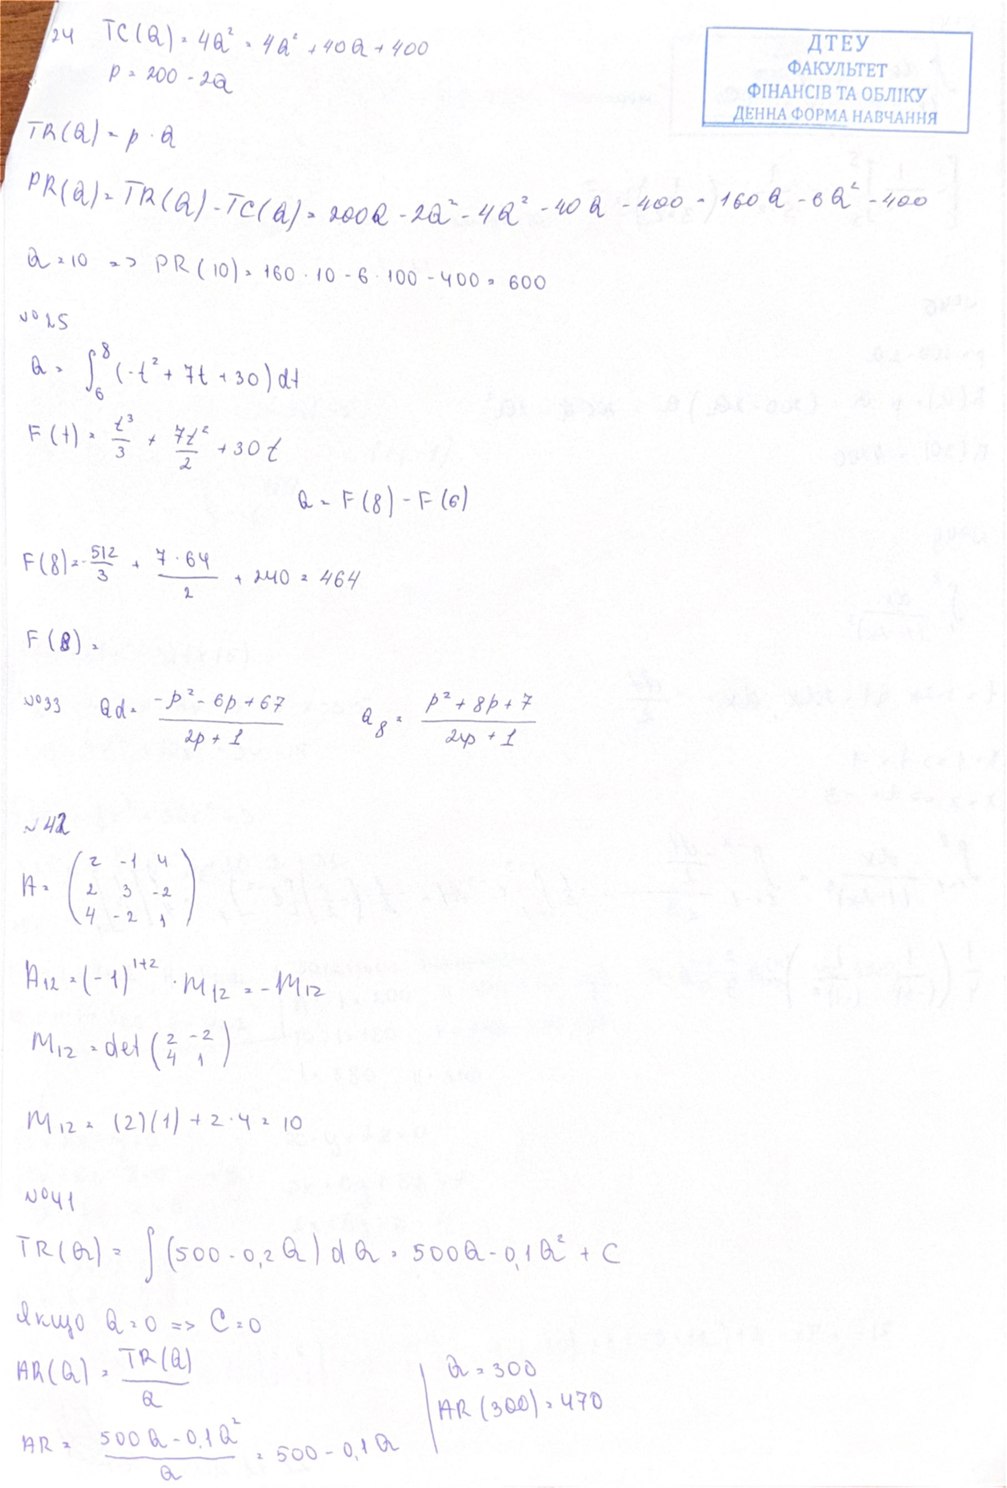
24 TC(Q) = 4Q^2 = 4Q^2 + 40Q + 400
p = 200 - 2Q
TR(Q) = p * Q
PR(Q) = TR(Q) - TC(Q) = 200Q - 2Q^2 - 4Q^2 - 40Q - 400 = 160Q - 6Q^2 - 400
Q = 10 \Rightarrow PR(10) = 160 \cdot 10 - 6 \cdot 100 - 400 = 600
No 25
Q = \int_{6}^{8} (-t^2 + 7t + 30) dt
F(t) = \frac{t^3}{3} + \frac{7t^2}{2} + 30t
Q = F(8) - F(6)
F(8) = \frac{512}{3} + \frac{7 \cdot 64}{2} + 240 = 464
F(8) =
N^o 33 \quad Q_d = \frac{-p^2 - 6p + 67}{2p + 1} \quad Q_s = \frac{p^2 + 8p + 7}{2p + 1}
v 42
A = \begin{pmatrix} 2 & -1 & 4 \\ 2 & 3 & -2 \\ 4 & -2 & 1 \end{pmatrix}
A_{12} = (-1)^{1+2} \cdot M_{12} = -M_{12}
M_{12} = det \begin{pmatrix} 2 & -2 \\ 4 & 1 \end{pmatrix}
M_{12} = (2)(1) + 2 \cdot 4 = 10
N 041
TR(Q) = \int (500 - 0,2 Q) dQ = 500 Q - 0,1 Q^2 + C
\text{якщо } Q = 0 \Rightarrow C = 0
AR(Q) = \frac{TR(Q)}{Q}
a = 300
AR(300) = 470
AR = \frac{500 Q - 0.1 Q^2}{Q} = 500 - 0.1 Q